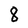
Character: 8